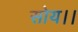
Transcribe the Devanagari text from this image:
सोय।।